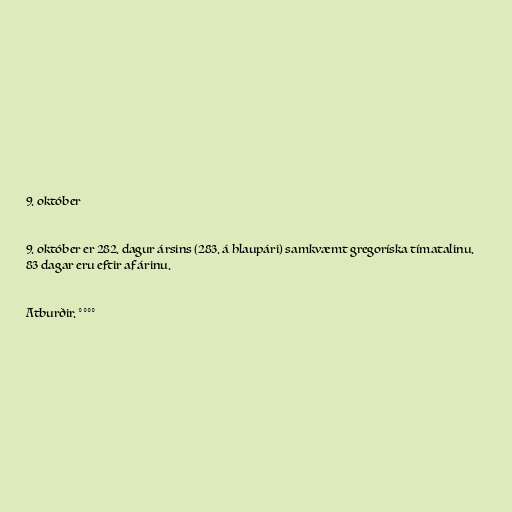
9. október

9. október er 282. dagur ársins (283. á hlaupári) samkvæmt gregoríska tímatalinu.
83 dagar eru eftir af árinu.

Atburðir. °°°°